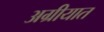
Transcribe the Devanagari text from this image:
अग्रीयात